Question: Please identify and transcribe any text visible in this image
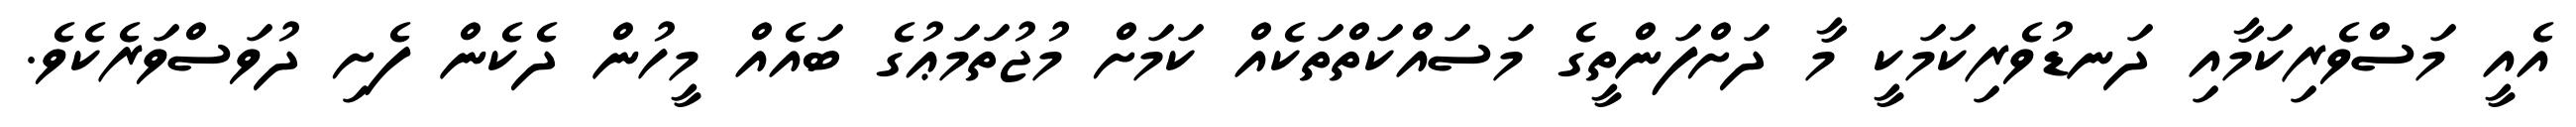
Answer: އެއީ މަސްވެރިކަމާއި ދަނޑުވެރިކަމަކީ މާ ދަށްފަންތީގެ މަސައްކަތްތަކެއް ކަމަށް މުޖުތަމަޢުގެ ބައެއް މީހުން ދެކެން ފެށި ދުވަސްވަރެކެވެ.